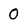
Character: 0